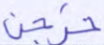
خرجن